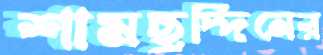
শামছুদ্দিনের